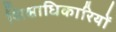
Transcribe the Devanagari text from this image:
शिक्षाधिकारियों